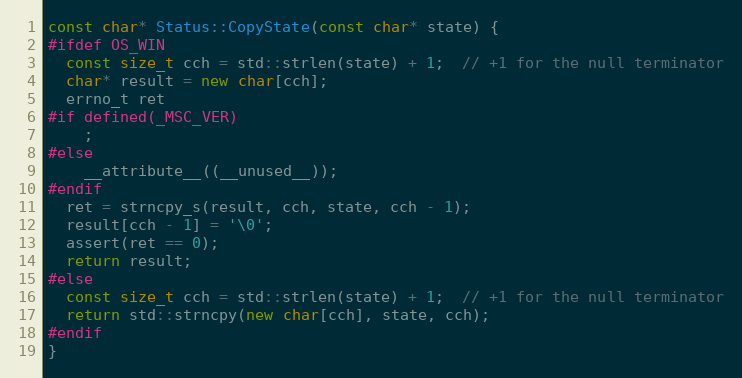
Language: C++
const char* Status::CopyState(const char* state) {
#ifdef OS_WIN
  const size_t cch = std::strlen(state) + 1;  // +1 for the null terminator
  char* result = new char[cch];
  errno_t ret
#if defined(_MSC_VER)
    ;
#else
    __attribute__((__unused__));
#endif
  ret = strncpy_s(result, cch, state, cch - 1);
  result[cch - 1] = '\0';
  assert(ret == 0);
  return result;
#else
  const size_t cch = std::strlen(state) + 1;  // +1 for the null terminator
  return std::strncpy(new char[cch], state, cch);
#endif
}